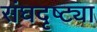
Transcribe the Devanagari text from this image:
संघदृष्ट्या